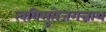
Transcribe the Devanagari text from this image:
त्वयिसुप्तेजगन्नाथ